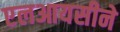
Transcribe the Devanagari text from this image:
एलआयसीने